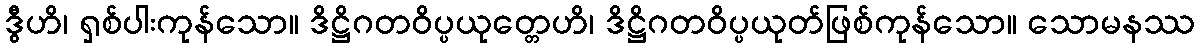
ဒွီဟိ၊ ရှစ်ပါးကုန်သော။ ဒိဋ္ဌိဂတဝိပ္ပယုတ္တေဟိ၊ ဒိဋ္ဌိဂတဝိပ္ပယုတ်ဖြစ်ကုန်သော။ သောမနဿ